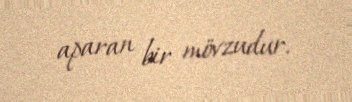
aparan bir mövzudur.